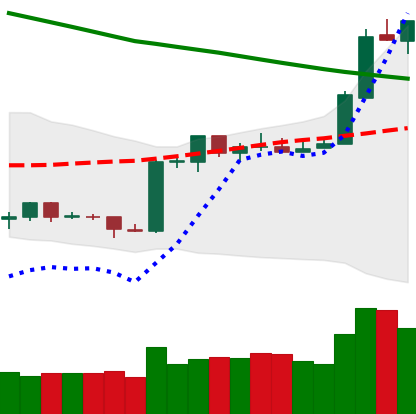
Ticker: ETH-USD
Chart end date: 2019-02-20
Forward return: -6.507%
Label: down_5_7